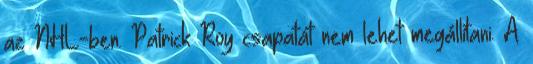
az NHL-ben. Patrick Roy csapatát nem lehet megállítani. A